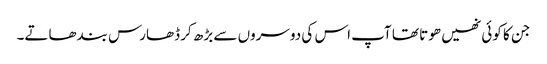
جن کا کوئی نھیں ھوتا تھا آپ اس کی دوسروں سے بڑھ کر ڈھارس بندھاتے۔